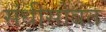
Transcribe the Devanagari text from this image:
संधीसोबत